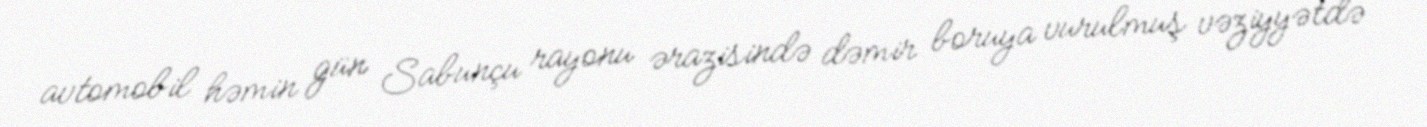
avtomobil həmin gün Sabunçu rayonu ərazisində dəmir boruya vurulmuş vəziyyətdə